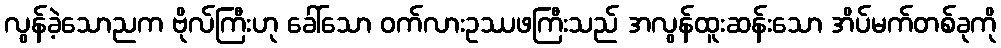
လွန်ခဲ့သောညက ဗိုလ်ကြီးဟု ခေါ်သော ဝက်လားဥဿဖကြီးသည် အလွန်ထူးဆန်းသော အိပ်မက်တစ်ခုကို